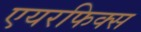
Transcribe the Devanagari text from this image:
एयरफिक्स